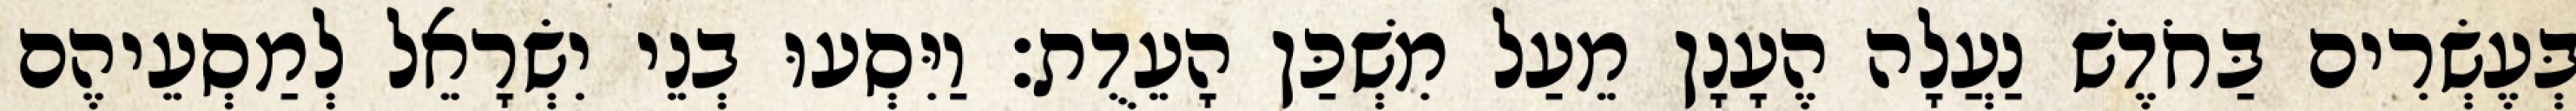
בְּעֶשְׂרִים בַּחֹדֶשׁ נַעֲלָה הֶעָנָן מֵעַל מִשְׁכַּן הָעֵדֻת׃ וַיִּסְעוּ בְנֵי יִשְׂרָאֵל לְמַסְעֵיהֶם